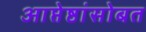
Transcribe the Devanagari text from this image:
आप्तेष्ठांसोबत